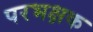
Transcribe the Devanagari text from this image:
परभक्षक